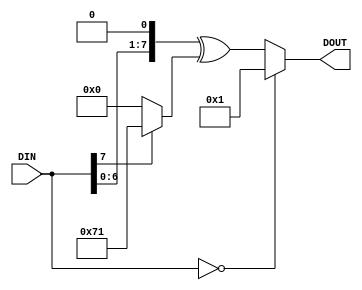
module lfsr32x2 (
 input  [7:0] DIN,
 output [7:0] DOUT);

assign DOUT = DIN == 8'd0
            ? 8'd1
            :   { DIN[6:0], 1'b0 }
              ^ ( DIN[7] ? 8'h71 : 8'd0 );

endmodule